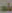
ماله